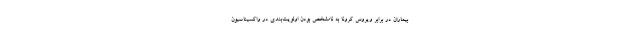
بیماران در برابر ویروس کرونا به نامشخص بودن اولویت‌بندی در واکسیناسیون